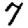
Digit: 7